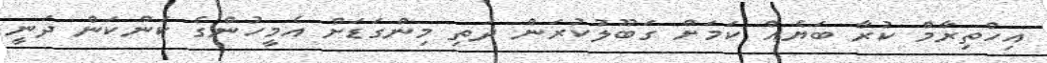
އިހްތިރާމް ކުރާ ބަޔެއް ކަމަށް ގަބޫލުކުރަން ދަތި މިންގަޑަށް އެމީހުންގެ ކަންކަން ދަނީ